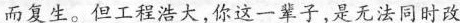
而复生。但工程浩大，你这一辈子，是无法同时改